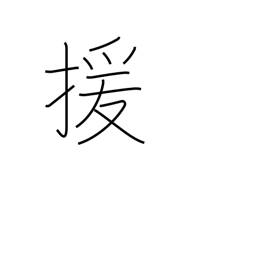
Meaning: abet